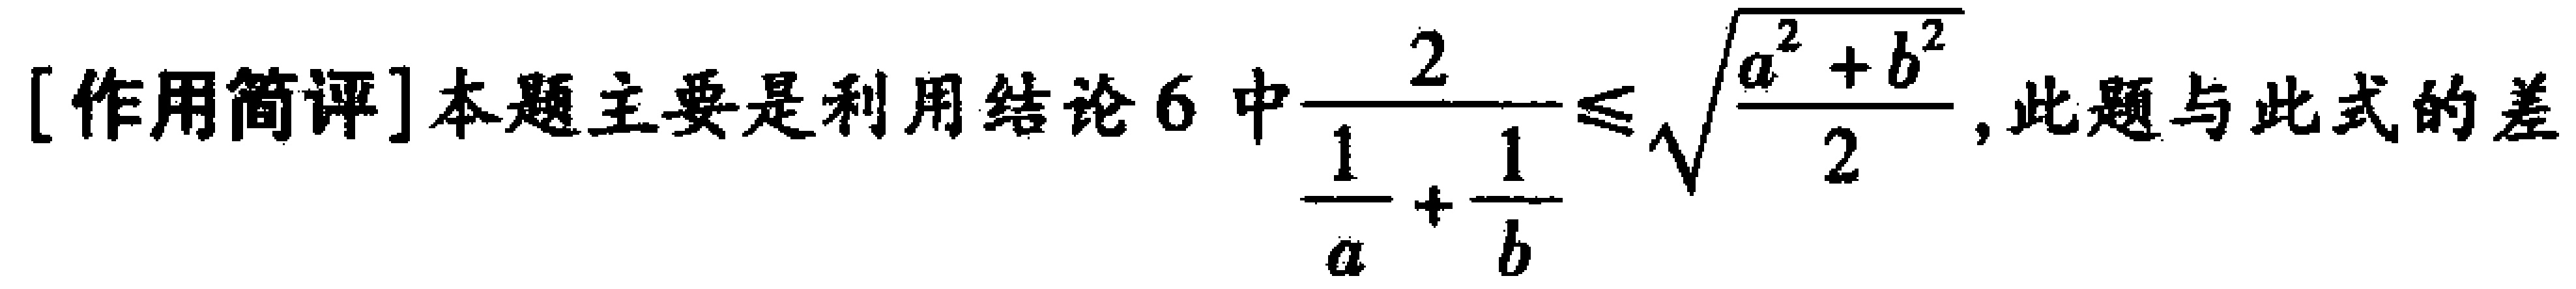
[作用简评]本题主要是利用结论6中$\frac{2}{\frac{1}{a}+\frac{1}{b}}\leq\sqrt{\frac{a^{2}+b^{2}}{2}}$, 此题与此式的差